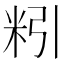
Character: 粌